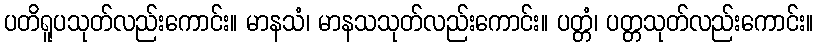
ပတိရူပသုတ်လည်းကောင်း။ မာနသံ၊ မာနသသုတ်လည်းကောင်း။ ပတ္တံ၊ ပတ္တသုတ်လည်းကောင်း။